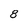
Character: 8